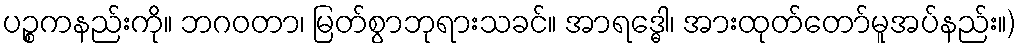
ပဉ္စကနည်းကို။ ဘဂဝတာ၊ မြတ်စွာဘုရားသခင်။ အာရဒ္ဓေါ၊ အားထုတ်တော်မူအပ်နည်း။)